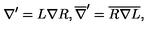
\nabla ^ { \prime } = L \nabla R , \overline { { \nabla } } ^ { \prime } = \overline { { R } } \overline { { \nabla } } \overline { { L } } ,